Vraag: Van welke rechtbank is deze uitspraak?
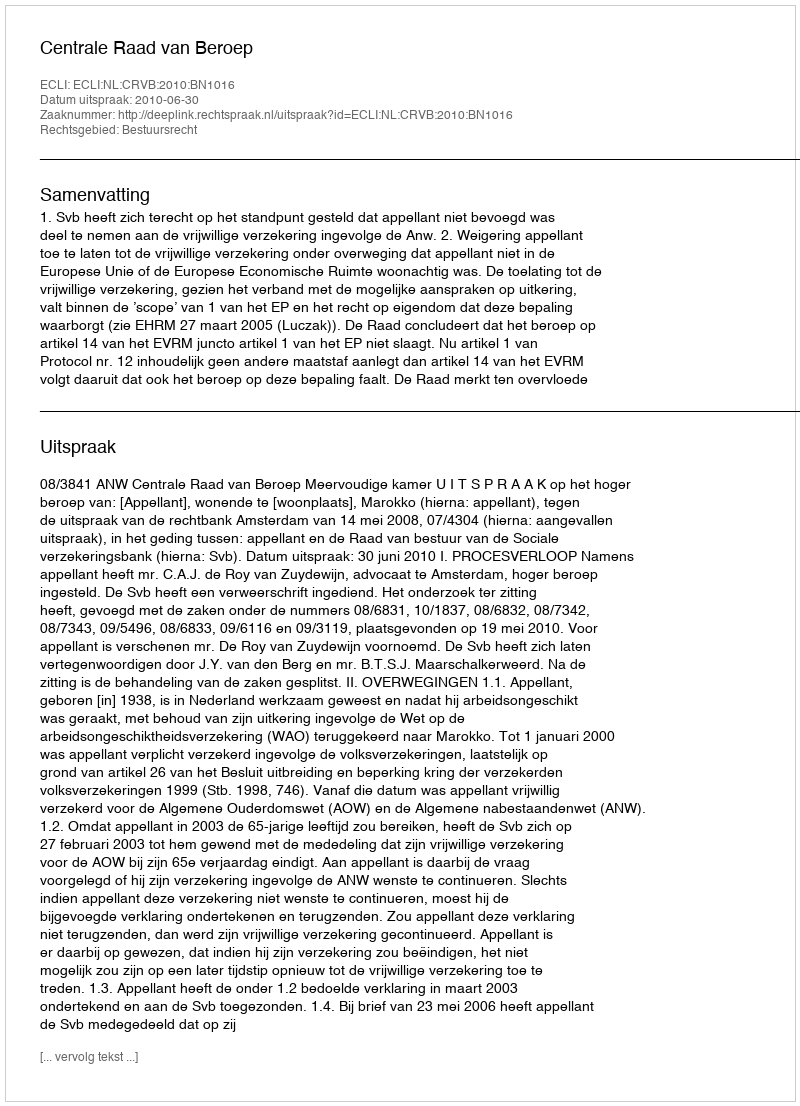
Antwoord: Centrale Raad van Beroep